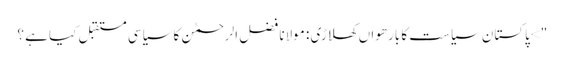
"> پاکستان سیاست کا بارھواں کھلاڑی : مولانا فضل الرحمٰن کا سیاسی مستقبل کیا ہے ؟